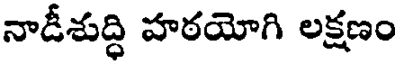
నాడీశుద్ధి హఠయోగి లక్షణం